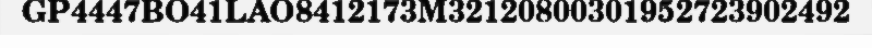
GP4447BO41LAO8412173M32120800301952723902492